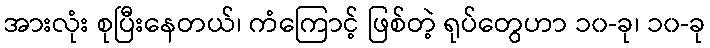
အားလုံး စုပြီးနေတယ်၊ ကံကြောင့် ဖြစ်တဲ့ ရုပ်တွေဟာ ၁၀-ခု၊ ၁၀-ခု